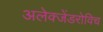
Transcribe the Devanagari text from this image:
अलेक्जेंडरोविच